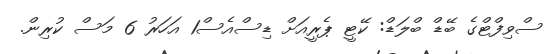
ސްވިފްޓްގެ ބޭޑް ބްލަޑް: ކޭޓީ ޕެރީއަށް ޑިސްއެސް1 އަހަރު 6 މަސް ކުރިން.